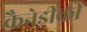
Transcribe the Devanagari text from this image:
कैनेडीकी